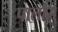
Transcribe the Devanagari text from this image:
पालौरा